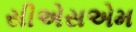
સીએસએમ